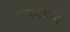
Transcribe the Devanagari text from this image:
दास्याला